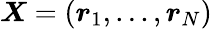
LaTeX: \boldsymbol{X}=\left(\boldsymbol{r}_{1},...,\boldsymbol{r}_{N}\right)